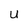
Character: U